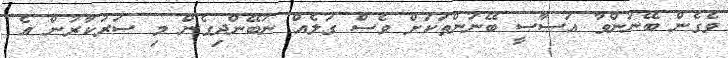
ވެގެން ބޭނުންވާ އަސާސީ ބޭނުންތަކަށް ވެސް ގަލެއް ނުބޭންދިގެން މި ސަރުކާރުން އެ